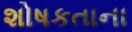
શોષકતાના